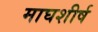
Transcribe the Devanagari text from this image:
माघशीर्ष